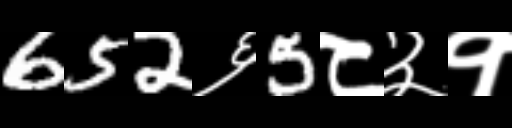
Text: 652६5८३१